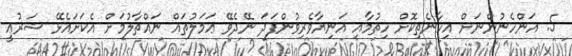
5. އަންހެނުންނަށް އިހާނެތިކޮށް ހިތުމާއި އަނިޔާވެރިވުންފަދަ ނޭދެވޭ ޢަމަލުތައް ނައްތާލުމަށް އެކަށައެޅޭ ޝަރުޢީ